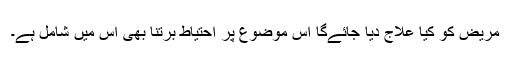
مریض کو کیا علاج دیا جائے‌گا اِس موضوع پر احتیاط برتنا بھی اِس میں شامل ہے۔